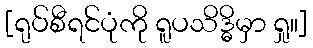
[ရုပ်စီရင်ပုံကို ရူပသိဒ္ဓိမှာ ရှု။]